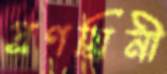
প্রণয়িনী